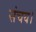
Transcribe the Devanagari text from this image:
संचय।